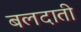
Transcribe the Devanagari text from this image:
बलदाती